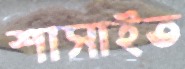
শাসাইত